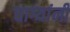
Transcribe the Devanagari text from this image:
धाग्‍यांनी